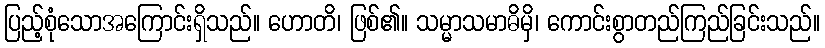
ပြည့်စုံသောအကြောင်းရှိသည်။ ဟောတိ၊ ဖြစ်၏။ သမ္မာသမာဓိမှိ၊ ကောင်းစွာတည်ကြည်ခြင်းသည်။